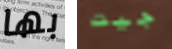
بها جيت